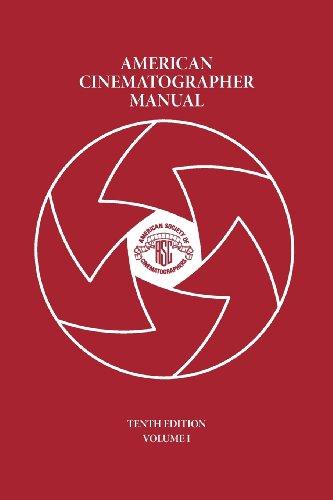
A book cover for American Cinematographer Manual Vol. I; Arts & Photography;